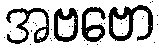
အဗဗော